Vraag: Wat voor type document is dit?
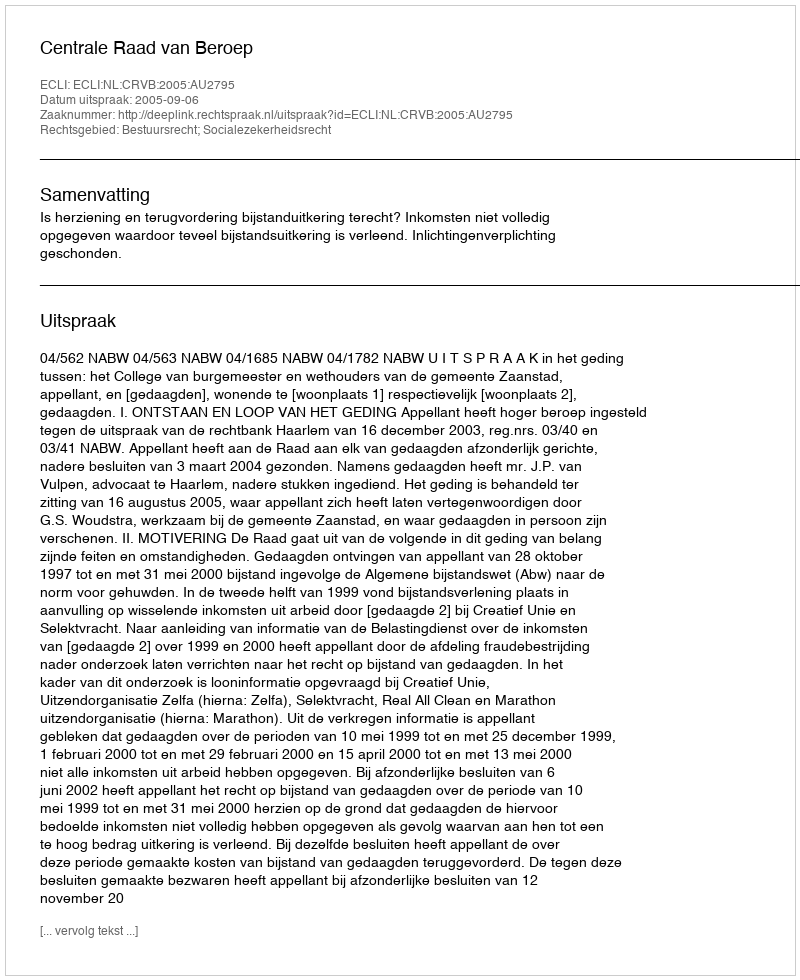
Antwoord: Uitspraak